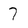
Character: 7